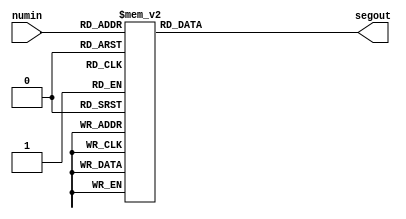
`timescale 1ns / 1ps
//////////////////////////////////////////////////////////////////////////////////
// Company: University of Arizona - ECE274A - Digital Logic
// 
// Design Name: 
// Module Name: SevenSegment
// Project Name: 
// Target Devices: 
// Tool Versions: 
// Description: 
// 
// Dependencies: 
// 
// Revision:
// Revision 0.01 - File Created
// Additional Comments:
// 
//////////////////////////////////////////////////////////////////////////////////


module SevenSegment(numin, segout);
    input	[3:0] numin;
    output	reg [6:0] segout;//segout[6] - seg_a, segout[5] - seg_b, segout[4] - seg_c,
                          //segout[3] - seg_d, segout[2] - seg_e, segout[1] - seg_f, segout[0] - seg_g

    always @(numin)begin
        
            case(numin)
              4'b0000 : segout <= 7'b0000001;
              4'b0001 : segout <= 7'b1001111;
              4'b0010 : segout <= 7'b0010010;
              4'b0011 : segout <= 7'b0000110;
              4'b0100 : segout <= 7'b1001100;
              4'b0101 : segout <= 7'b0100100;
              4'b0110 : segout <= 7'b0100000;
              4'b0111 : segout <= 7'b0001111;
              4'b1000 : segout <= 7'b0000000;
              4'b1001 : segout <= 7'b0000100;
              default : segout <= 7'b1111111; 
              
              
            endcase
                        
                        
       
    end

endmodule